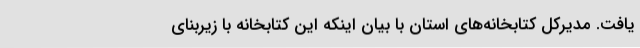
یافت. مدیرکل کتابخانه‌های استان با بیان اینکه این کتابخانه با زیربنای